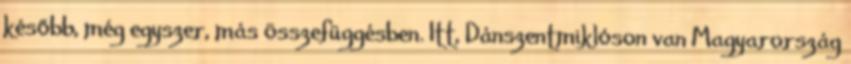
később, még egyszer, más összefüggésben. Itt, Dánszentmikló­son van Magyarország